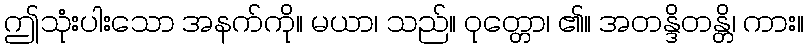
ဤသုံးပါးသော အနက်ကို။ မယာ၊ သည်။ ဝုတ္တော၊ ၏။ အတန္ဒိတန္တိ၊ ကား။